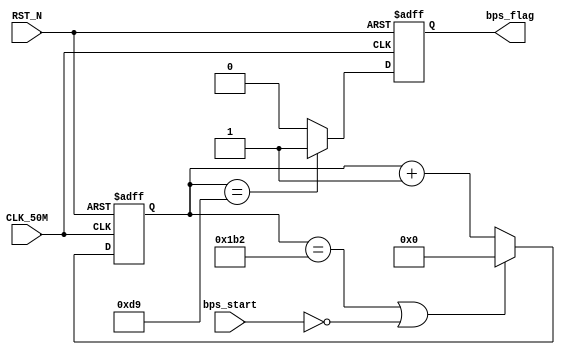
module Uart_Bps_Module
(
	//
	CLK_50M,RST_N,bps_start,
	//
	bps_flag
);

//---------------------------------------------------------------------------
//--	
//---------------------------------------------------------------------------
input					CLK_50M;					//,50M
input					RST_N;					//,
input 				bps_start;				//
output 				bps_flag;				//, 

//---------------------------------------------------------------------------
//--	
//---------------------------------------------------------------------------
reg		[12:0] 	time_cnt;				//
reg		[12:0] 	time_cnt_n;				//time_cnt
reg					bps_flag;				//, 
reg					bps_flag_n;				//bps_flag

//,115200 ,1/1152008.68us, 8.68 / (1 /50) = 434
parameter			BPS_PARA   = 9'd434;	//115200
parameter 			BPS_PARA_2 = 8'd217;	//115200

//---------------------------------------------------------------------------
//--		
//---------------------------------------------------------------------------
//,time_cnt
always @ (posedge CLK_50M or negedge RST_N)
begin	
	if(!RST_N)									//
		time_cnt <= 13'b0;					//time_cnt
	else
		time_cnt <= time_cnt_n;				//time_cnt
end

//,18.68us,8.68us
always @ (*)
begin
	if((time_cnt == BPS_PARA) || (!bps_start)) 
		time_cnt_n = 1'b0;					//
	else	
		time_cnt_n = time_cnt + 1'b1;		//
end

//,bps_flag
always @ (posedge CLK_50M or negedge RST_N)
begin
	if(!RST_N)									//
		bps_flag <= 1'b0;						//bps_flag
	else
		bps_flag <= bps_flag_n;				//bps_flag
end

//,, 
always @ (*)
begin
	if(time_cnt == BPS_PARA_2)				//4.43us
		bps_flag_n = 1'b1;					//,1
	else
		bps_flag_n = 1'b0;					//,0
end

endmodule